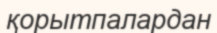
қорытпалардан